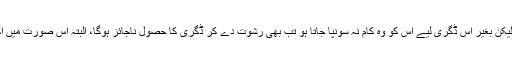
اور اگر کوئی شخص مفوضہ کام کی انجام دہی کی اہلیت وصلاحیت رکھتاہو، لیکن بغیر اس ڈگری لیے اس کو وہ کام نہ سونپا جاتا ہو تب بھی رشوت دے کر ڈگری کا حصول ناجائز ہوگا، البتہ اس صورت میں اگر دیانت داری سے وہ کام کرے تو اس عمل پر ملنے والی تنخواہ حلال ہوگی۔